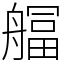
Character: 䒄